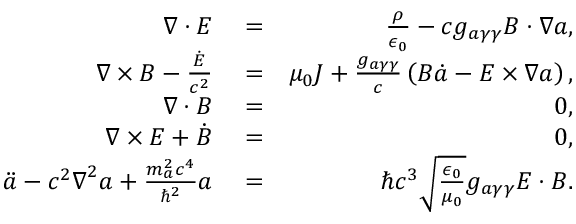
\begin{array} { r l r } { \boldsymbol \nabla \cdot \boldsymbol E } & { { } = } & { \frac { \rho } { \epsilon _ { 0 } } - c g _ { a \gamma \gamma } \boldsymbol B \cdot \boldsymbol \nabla a , } \\ { \boldsymbol \nabla \times \boldsymbol B - \frac { \dot { \boldsymbol E } } { c ^ { 2 } } } & { { } = } & { \mu _ { 0 } \boldsymbol J + \frac { g _ { a \gamma \gamma } } { c } \left( \boldsymbol B \dot { a } - \boldsymbol E \times \boldsymbol \nabla a \right) , } \\ { \boldsymbol \nabla \cdot \boldsymbol B } & { { } = } & { 0 , } \\ { \boldsymbol \nabla \times \boldsymbol E + \dot { \boldsymbol B } } & { { } = } & { 0 , } \\ { \ddot { a } - c ^ { 2 } \boldsymbol \nabla ^ { 2 } a + \frac { m _ { a } ^ { 2 } c ^ { 4 } } { \hbar ^ { 2 } } a } & { { } = } & { \hbar c ^ { 3 } \sqrt { \frac { \epsilon _ { 0 } } { \mu _ { 0 } } } g _ { a \gamma \gamma } \boldsymbol E \cdot \boldsymbol B . } \end{array}